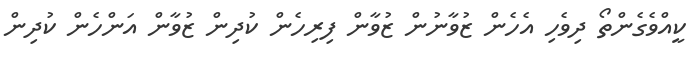
ކީއްވެގެންތޯ ދިވެހި އެހެން ޒުވާނުން ޒުވާން ފިރިހެން ކުދިން ޒުވާން އަންހެން ކުދިން